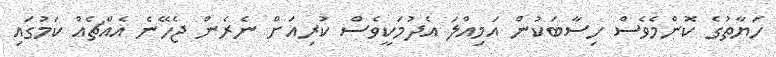
ހަޔާތުގެ ކޮންމެވެސް ހިސާބަކުން އަމިއްލަ އެދުމަކީވެސް ކުރިއަށް ނެރެން ޖެހޭނެ އެއްޗެއް ކަމުގައި